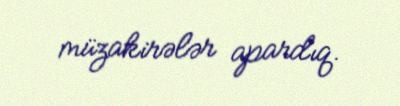
müzakirələr apardıq.